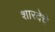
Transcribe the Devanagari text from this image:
शारदेचे